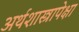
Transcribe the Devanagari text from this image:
अर्थशास्त्रापेक्षा